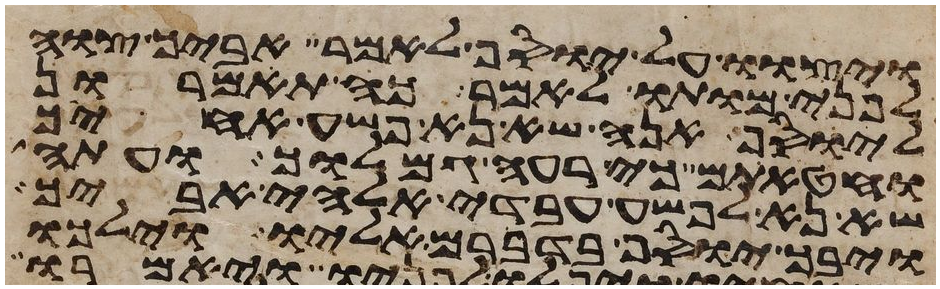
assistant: ויצוו על יוסף לאמר אביך צוה
לפני מותו לאמר כה תאמרון
ליוסף אנה שא נא פשע אחיך
וחטאתם כי רעה גמלוך ועתה
שא נא לפשע עבדי אלהי אביך
ויבך יוסף בדברם אליו וילכו